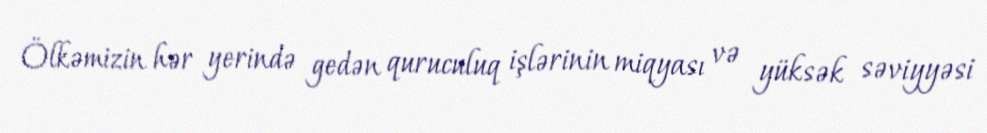
Ölkəmizin hər yerində gedən quruculuq işlərinin miqyası və yüksək səviyyəsi